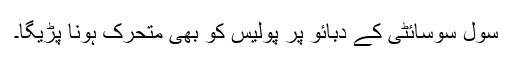
سول سوسائٹی کے دبائو پر پولیس کو بھی متحرک ہونا پڑیگا۔